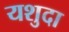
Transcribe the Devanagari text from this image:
यशुदा